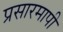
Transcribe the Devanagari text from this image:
प्रसारमापी